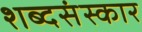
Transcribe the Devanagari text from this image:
शब्दसंस्कार